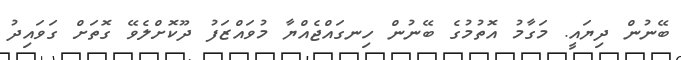
ބޭނުން ދިޔައީ. މަގާމު އޮތުމުގެ ބޭނުން ހިނގައްޖެއްޔާ މުވައްޒަފު ދޫކޮށްލެވޭ ގޮތަށް ގަވައިދު